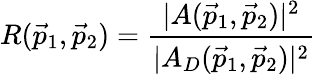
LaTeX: R(\vec{p}_{1},\vec{p}_{2})=\frac{|A(\vec{p}_{1},\vec{p}_{2})|^{2}}{|A_{D}(\vec{p}_{1},\vec{p}_{2})|^{2}}